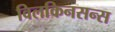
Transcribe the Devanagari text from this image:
विलकिनसन्स